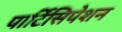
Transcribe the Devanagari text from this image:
पार्टिसिपेशन